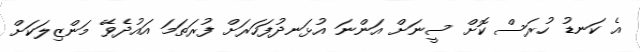
އެ ކަނޑު ހުރަސް ކޮށް ސީނަށް އަންނަ އުޅަނދުފަހަރަށް ފުރަތަމަ އައުދެވޭ މަންޒިލަކަށް